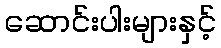
ဆောင်းပါးများနှင့်